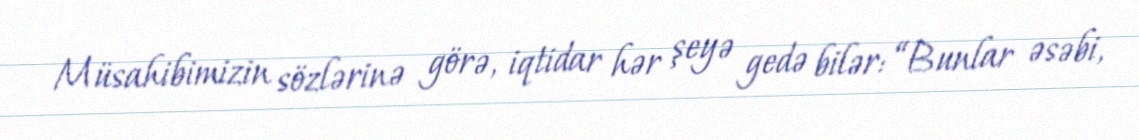
Müsahibimizin sözlərinə görə, iqtidar hər şeyə gedə bilər: “Bunlar əsəbi,